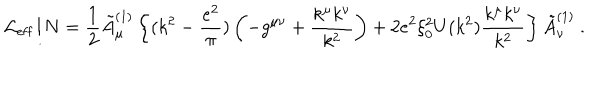
LaTeX: { \cal L } _ { \mathrm { e f f } } / N = { \frac { 1 } { 2 } } \tilde { A } _ { \mu } ^ { ( 1 ) } \left\{ ( k ^ { 2 } - { \frac { e ^ { 2 } } { \pi } } ) \left( - g ^ { \mu \nu } + { \frac { k ^ { \mu } k ^ { \nu } } { k ^ { 2 } } } \right) + 2 e ^ { 2 } \xi _ { 0 } ^ { 2 } U ( k ^ { 2 } ) { \frac { k ^ { \mu } k ^ { \nu } } { k ^ { 2 } } } \right\} \tilde { A } _ { \nu } ^ { ( 1 ) } ~ .